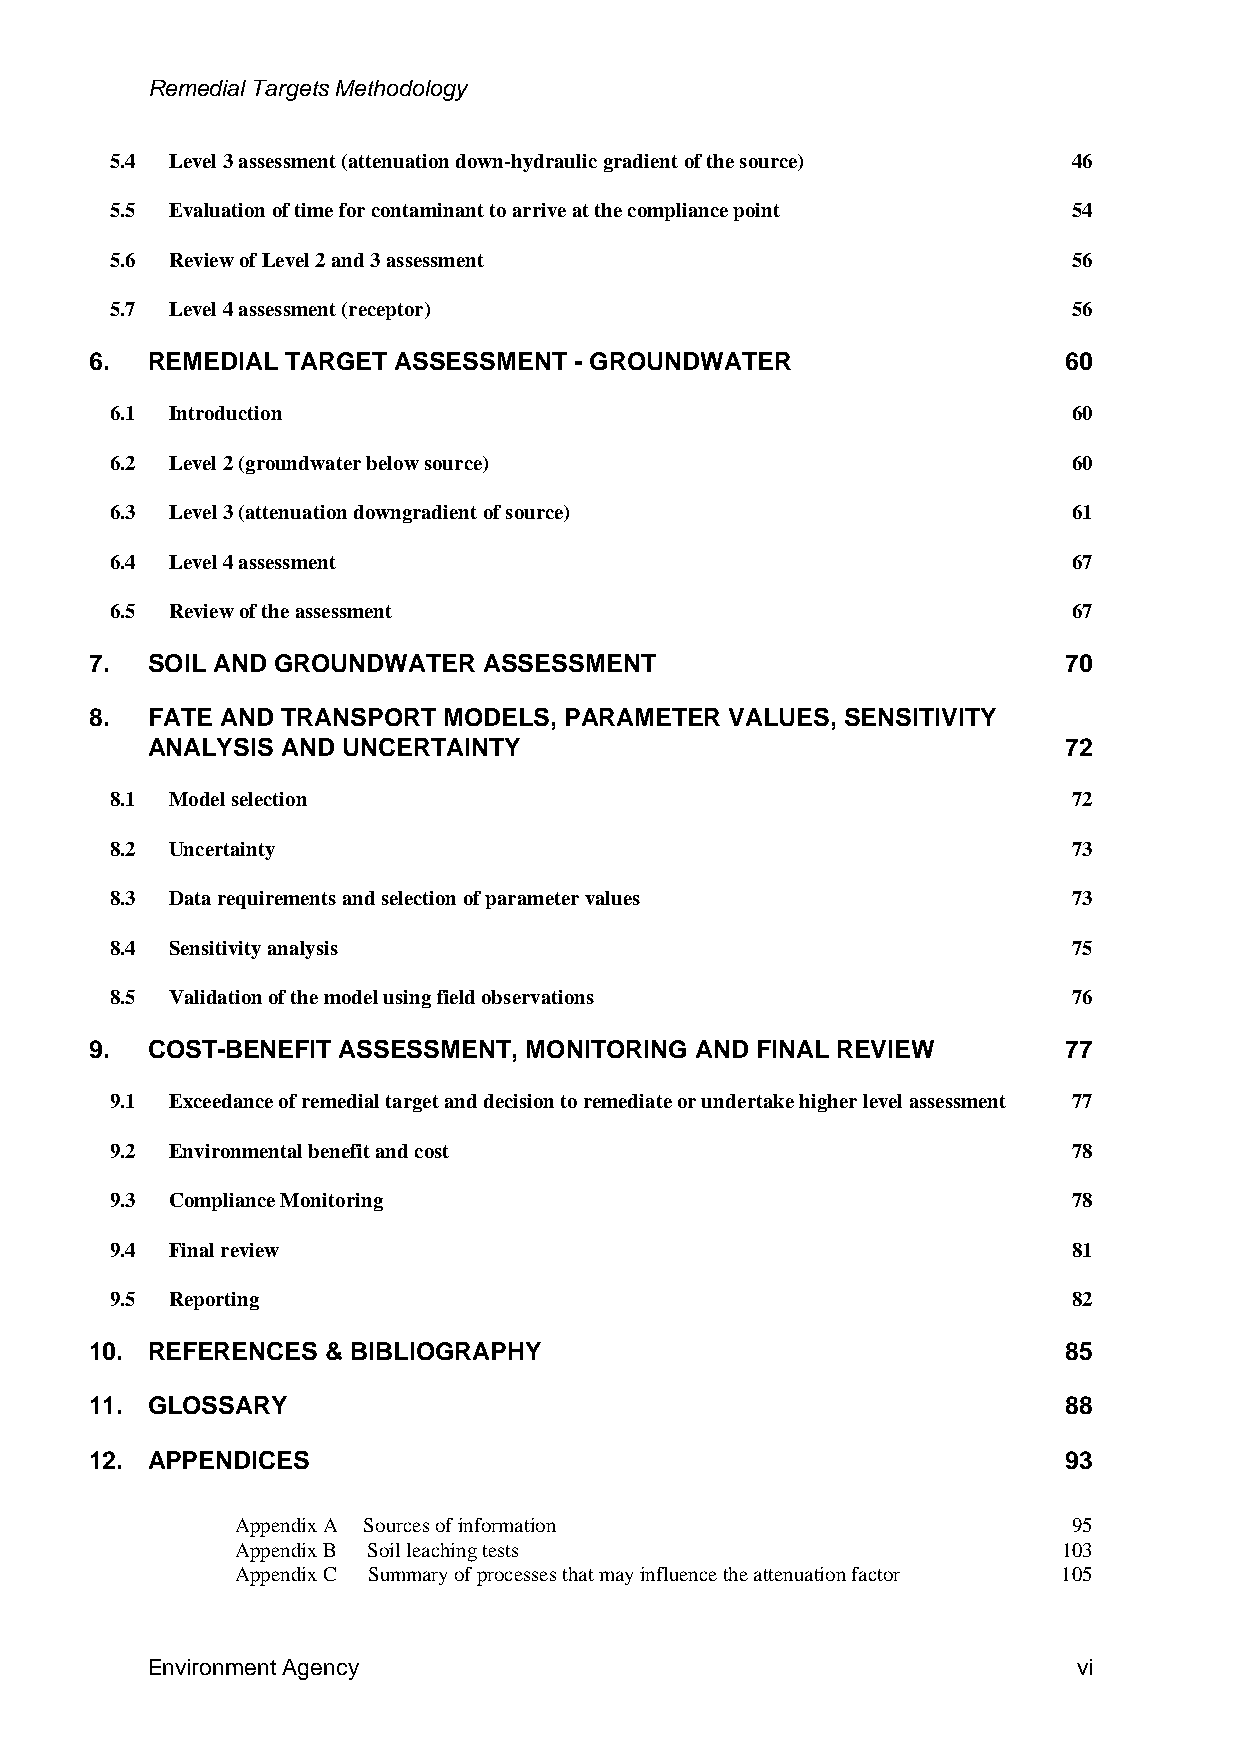
Remedial Targets Methodology
 5.4 Level 3 assessment (attenuation down-hydraulic gradient of the source) 46
 5.5 Evaluation of time for contaminant to arrive at the compliance point 54
 5.6 Review of Level 2 and 3 assessment                          56
 5.7 Level 4 assessment (receptor)                               56
 6.  REMEDIAL TARGET ASSESSMENT  - GROUNDWATER                    60
 6.1 Introduction                                                60
 6.2 Level 2 (groundwater below source)                          60
 6.3 Level 3 (attenuation downgradient of source)                61
 6.4 Level 4 assessment                                          67
 6.5 Review of the assessment                                    67
 7.  SOIL AND GROUNDWATER  ASSESSMENT                             70
 8.  FATE AND TRANSPORT MODELS, PARAMETER  VALUES, SENSITIVITY
 ANALYSIS AND UNCERTAINTY                                    72
 8.1 Model selection                                             72
 8.2 Uncertainty                                                 73
 8.3 Data requirements and selection of parameter values         73
 8.4 Sensitivity analysis                                        75
 8.5 Validation of the model using field observations            76
 9.  COST-BENEFIT ASSESSMENT, MONITORING AND FINAL REVIEW        77
 9.1 Exceedance of remedial target and decision to remediate or undertake higher level assessment 77
 9.2 Environmental benefit and cost                              78
 9.3 Compliance Monitoring                                       78
 9.4 Final review                                                81
 9.5 Reporting                                                   82
 10. REFERENCES  & BIBLIOGRAPHY                                  85
 11. GLOSSARY                                                    88
 12. APPENDICES                                                  93
 Appendix A Sources of information                      95
 Appendix B Soil leaching tests                        103
 Appendix C Summary of processes that may influence the attenuation factor 105
 Environment Agency                                           vi